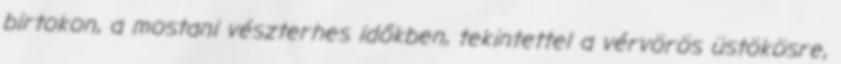
birtokon, a mostani vészterhes időkben, tekintettel a vérvörös üstökösre,